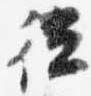
従